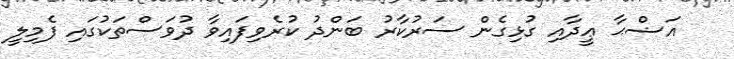
އަޟްޙާ ޢީދާއި ގުޅިގެން ސަރުކާރު ބަންދު ކުރެވިފައިވާ ދުވަސްތަކުގައި ފެމިލީ